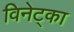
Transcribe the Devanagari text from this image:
विनेट्का